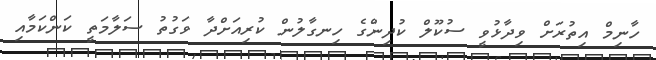
ހާނިމް އިތުރަށް ވިދާޅުވީ ސުކޫލް ކުދިންގެ ހިނގާލުން ކުރިއަށްދާ ވަގުތު ސަލާމަތީ ކަންކަމާއި